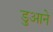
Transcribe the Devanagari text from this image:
डुआने